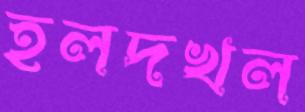
হলদখল